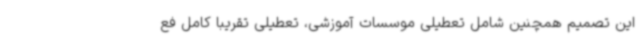
این تصمیم همچنین شامل تعطیلی موسسات آموزشی، تعطیلی تقریبا کامل فع